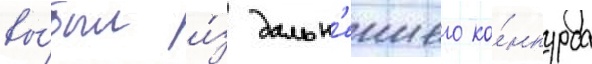
вы́был и́з дальн'еишего ко́нкурса